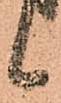
候